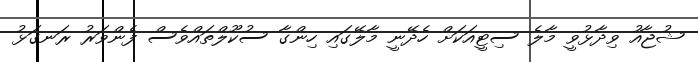
ޝުޖާއު ވިދާޅުވީ މާލެ ސިޓީއަކަށް ހެދޭނީ މާލޭގައި ހިންގާ ސުކޫލްތައްވެސް ފެންވަރު ރަނގަޅު